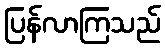
ပြန်လာကြသည်